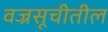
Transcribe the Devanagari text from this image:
वज्रसूचीतील